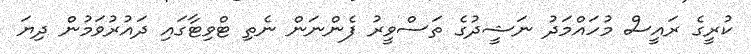
ކުރީގެ ރައީސް މުހައްމަދު ނަޝީދުގެ ތަސްވީރު ފެންނަން ނެތި ޓްވިޓާގައި ދައުރުވަމުން ދިޔަ